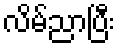
လိမ်ညာပြီး